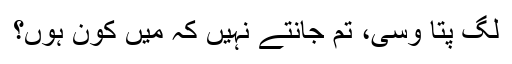
لگ پتا وسی، تم جانتے نہیں کہ میں کون ہوں؟